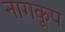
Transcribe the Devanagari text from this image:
नागकूप